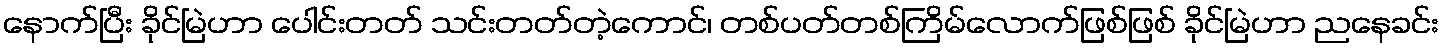
နောက်ပြီး ခိုင်မြဲဟာ ပေါင်းတတ် သင်းတတ်တဲ့ကောင်၊ တစ်ပတ်တစ်ကြိမ်လောက်ဖြစ်ဖြစ် ခိုင်မြဲဟာ ညနေခင်း